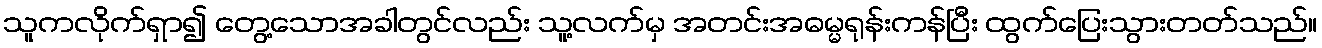
သူကလိုက်ရှာ၍ တွေ့သောအခါတွင်လည်း သူ့လက်မှ အတင်းအဓမ္မရုန်းကန်ပြီး ထွက်ပြေးသွားတတ်သည်။